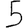
Digit: 5